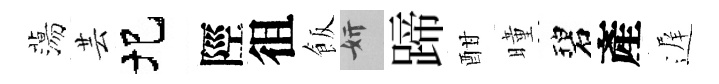
蕩芸圯陘徂飯妍蹄酣曈碧產遅